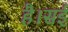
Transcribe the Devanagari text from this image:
है।सई